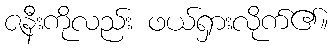
ဇနီးကိုလည်း ဖယ်ရှားလိုက်၏။